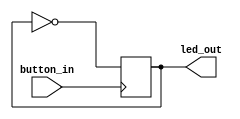
module flipflop (
	input   button_in,
	output  led_out
);

reg ff;

always @(posedge button_in)
begin
    ff = ~ff;
end

assign led_out = ff;

endmodule